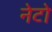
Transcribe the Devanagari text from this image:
नेटो